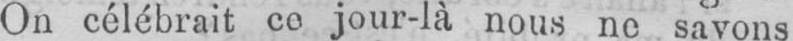
savons